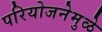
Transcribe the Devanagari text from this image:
परियोजनेमुळे